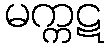
မက္ကဋ